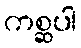
ကစ္ဆပါ